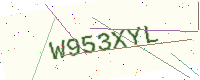
Text: W953XYL